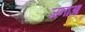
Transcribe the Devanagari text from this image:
जनाआ